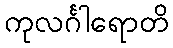
ကုလင်္ဂါရောတိ